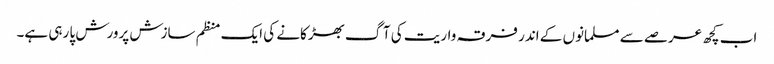
اب کچھ عرصے سے مسلمانوں کے اندر فرقہ واریت کی آگ بھڑکانے کی ایک منظم سازش پرورش پا رہی ہے۔